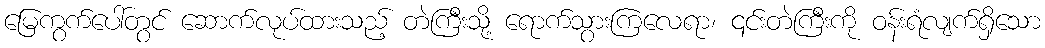
မြေကွက်ပေါ်တွင် ဆောက်လုပ်ထားသည့် တဲကြီးသို့ ရောက်သွားကြလေရာ၊ ၎င်းတဲကြီးကို ဝန်းရံလျက်ရှိသော